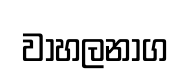
වාහලනාග